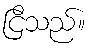
ငြိသည်။